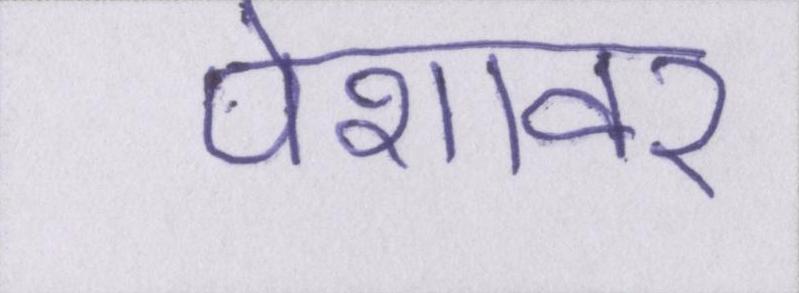
पेशावर